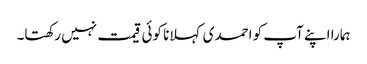
ہمارا اپنے آپ کو احمدی کہلانا کوئی قیمت نہیں رکھتا۔